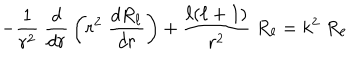
LaTeX: - { \frac { 1 } { r ^ { 2 } } } \; { \frac { d } { d r } } \left( r ^ { 2 } \; { \frac { d R _ { \ell } } { d r } } \right) + { \frac { \ell ( \ell + 1 ) } { r ^ { 2 } } } \; R _ { \ell } = k ^ { 2 } \; R _ { \ell }